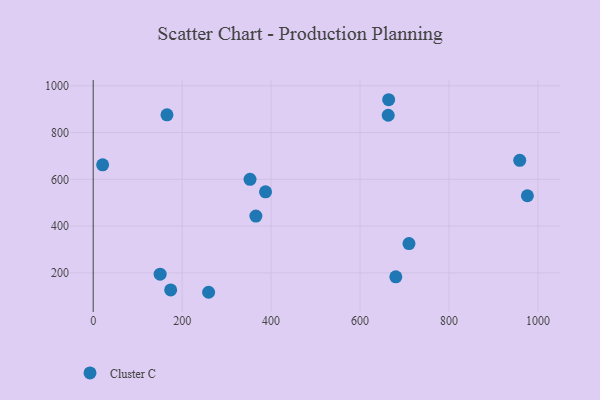
{"axis": {"x": "Study Hours", "y": "Yield"}, "legend": ["Cluster C"], "data": [{"x": "150.5", "y": 194.6, "type": "Cluster C"}, {"x": "174.2", "y": 127.0, "type": "Cluster C"}, {"x": "976.2", "y": 529.7, "type": "Cluster C"}, {"x": "165.9", "y": 875.8, "type": "Cluster C"}, {"x": "959.0", "y": 681.2, "type": "Cluster C"}, {"x": "21.2", "y": 661.9, "type": "Cluster C"}, {"x": "387.5", "y": 546.6, "type": "Cluster C"}, {"x": "710.0", "y": 325.2, "type": "Cluster C"}, {"x": "365.8", "y": 443.0, "type": "Cluster C"}, {"x": "663.3", "y": 873.8, "type": "Cluster C"}, {"x": "352.6", "y": 599.8, "type": "Cluster C"}, {"x": "664.3", "y": 940.2, "type": "Cluster C"}, {"x": "680.4", "y": 183.0, "type": "Cluster C"}, {"x": "259.5", "y": 117.1, "type": "Cluster C"}]}